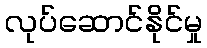
လုပ်ဆောင်နိုင်မှု